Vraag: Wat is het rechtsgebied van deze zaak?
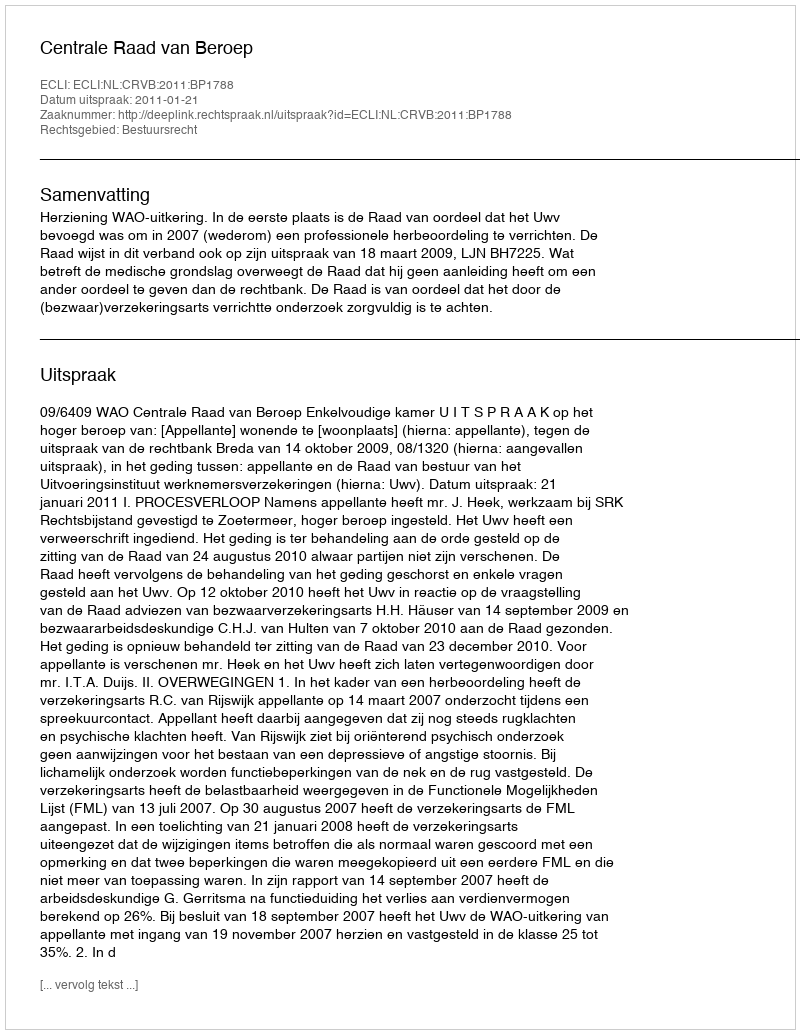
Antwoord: Bestuursrecht